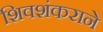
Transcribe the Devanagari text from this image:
शिवशंकराने